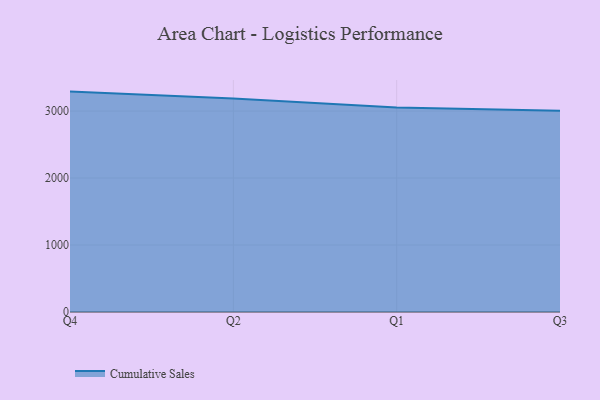
{"axis": {"x": "Quarter", "y": "Satisfaction Score"}, "legend": ["Cumulative Sales"], "data": [{"x": "Q4", "y": 3290.4, "type": "Cumulative Sales"}, {"x": "Q2", "y": 3186.1, "type": "Cumulative Sales"}, {"x": "Q1", "y": 3054.5, "type": "Cumulative Sales"}, {"x": "Q3", "y": 3003.5, "type": "Cumulative Sales"}]}